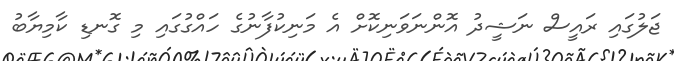
ޖަލުގައި ރައީސް ނަޝީދު އޮންނަވަނިކޮށް އެ މަނިކުފާނުގެ ހައްގުގައި މި ގޮނޑި ކާމިޔާބު